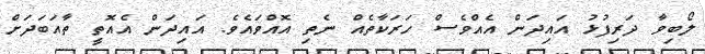
ލޯބިވާ ދަރިފުޅު އައިދަން އެއްވެސް ހަރަކާތެއް ނެތި އޮއްވައެވެ. އައިދަން އެއޮތީ ތާއަބަދަށް